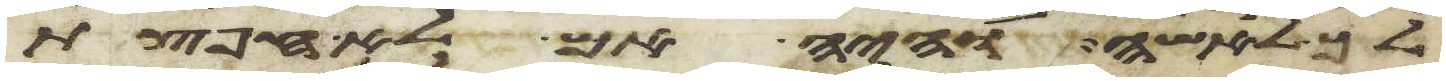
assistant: לך לאשה והיה אם לא חפצת